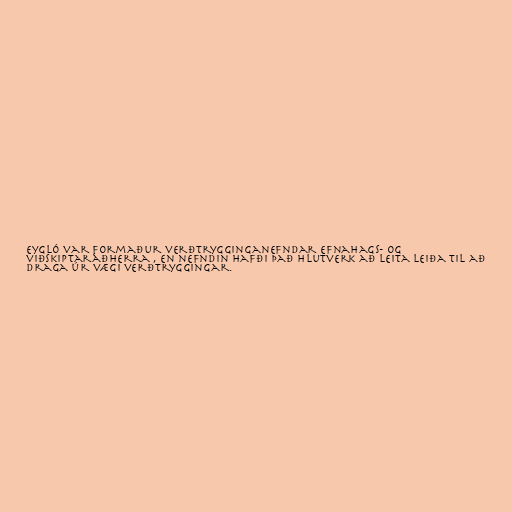
Eygló var formaður verðtrygginganefndar efnahags- og
viðskiptaráðherra , en nefndin hafði það hlutverk að leita leiða til að
draga úr vægi verðtryggingar.